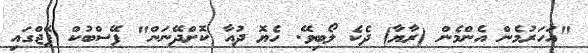
"އަހަރުމެން އެންމެން (ރާޔާ) ދެކެ ލޯބިވޭ. ހެޔޮ ދުއާ ކޮށްދޭނަން" ފޭސްބުކް ޕޭޖްގައި